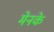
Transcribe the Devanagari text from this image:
मेनके